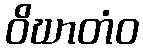
ဝိဃာတံဝ